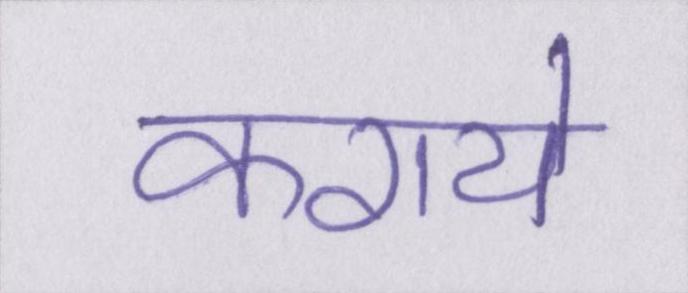
कराये